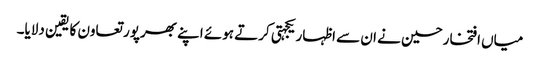
میاں افتخارحسین نے ان سے اظہار یکجہتی کرتے ہوئے اپنے بھرپور تعاون کا یقین دلایا۔